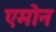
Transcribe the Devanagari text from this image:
एमोन